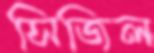
সিজিল